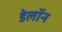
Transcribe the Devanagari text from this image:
डेलॉन